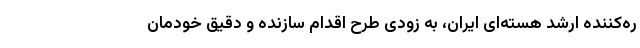
ره‌کننده ارشد هسته‌ای ایران، به زودی طرح اقدام سازنده و دقیق خودمان